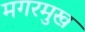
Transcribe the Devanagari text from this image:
मगरमुख